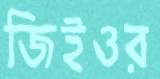
জিইওর